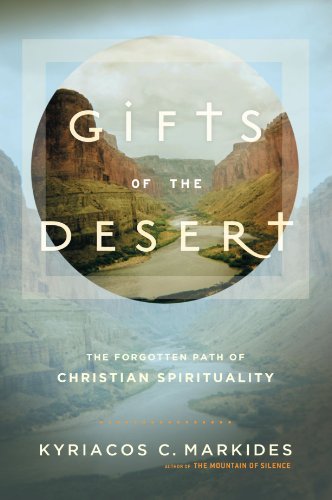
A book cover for Gifts of the Desert; Kyriacos C. Markides; Christian Books & Bibles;